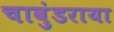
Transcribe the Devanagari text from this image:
चावुंडराया